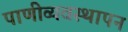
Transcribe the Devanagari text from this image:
पाणीव्यवस्थापन